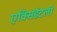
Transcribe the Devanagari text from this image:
एक्सिडेंटली